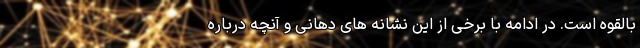
بالقوه است. در ادامه با برخی از این نشانه های دهانی و آنچه درباره